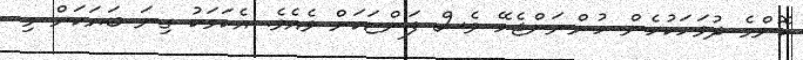
ކޮންމެ ދުވަހަކުހެން ހުންނަންޖެހޭ ވެސް ފަންޏަކަށް ވެއެވެ. އެކަމަކު ގިނަ ބަޔަކަށް މި